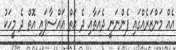
އެއް މަންޒަރެއްގައި ފެންނަނީ ދެއަތާއި ދެ އަތް އައްސާފައި އޮތް ދެ މީހަކު